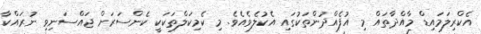
އެކްރިލަމައިޑް މާއްދާތައް މި އުފެއްދުންތަކުގައި އެކުލެވެއެވެ. މި ކެމިކަލްތަކަކީ ކެންސަރަށް ޖައްސަނިވި ނުރައްކާ